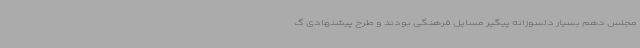
مجلس دهم بسیار دلسوزانه پیگیر مسایل فرهنگی بودند و طرح پیشنهادی گ